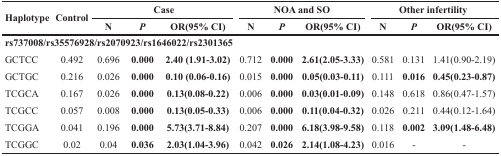
<table><thead><tr><td rowspan="2"><b>Haplotype</b></td><td rowspan="2"><b>Control</b></td><td colspan="3"><b>Case</b></td><td colspan="3"><b>NOA and SO</b></td><td colspan="3"><b>Other infertility</b></td></tr><tr><td><b>N</b></td><td><b><i>P</i></b></td><td><b>OR(95% CI)</b></td><td><b>N</b></td><td><b><i>P</i></b></td><td><b>OR(95% CI)</b></td><td><b>N</b></td><td><b><i>P</i></b></td><td><b>OR(95% CI)</b></td></tr></thead><tbody><tr><td colspan="5"><b>rs737008/rs35576928/rs2070923/rs1646022/rs2301365</b></td><td></td><td></td><td></td><td></td><td></td><td></td></tr><tr><td>GCTCC</td><td>0.492</td><td>0.696</td><td><b>0.000</b></td><td><b>2.40 (1.91-3.02)</b></td><td>0.712</td><td><b>0.000</b></td><td><b>2.61(2.05-3.33)</b></td><td>0.581</td><td>0.131</td><td>1.41(0.90-2.19)</td></tr><tr><td>GCTGC</td><td>0.216</td><td>0.026</td><td><b>0.000</b></td><td><b>0.10 (0.06-0.16)</b></td><td>0.015</td><td><b>0.000</b></td><td><b>0.05(0.03-0.11)</b></td><td>0.111</td><td><b>0.016</b></td><td><b>0.45(0.23-0.87)</b></td></tr><tr><td>TCGCA</td><td>0.167</td><td>0.026</td><td><b>0.000</b></td><td><b>0.13(0.08-0.22)</b></td><td>0.006</td><td><b>0.000</b></td><td><b>0.03(0.01-0.09)</b></td><td>0.148</td><td>0.618</td><td>0.86(0.47-1.57)</td></tr><tr><td>TCGCC</td><td>0.057</td><td>0.008</td><td><b>0.000</b></td><td><b>0.13(0.05-0.33)</b></td><td>0.006</td><td><b>0.000</b></td><td><b>0.11(0.04-0.32)</b></td><td>0.026</td><td>0.211</td><td>0.44(0.12-1.64)</td></tr><tr><td>TCGGA</td><td>0.041</td><td>0.196</td><td><b>0.000</b></td><td><b>5.73(3.71-8.84)</b></td><td>0.207</td><td><b>0.000</b></td><td><b>6.18(3.98-9.58)</b></td><td>0.118</td><td><b>0.002</b></td><td><b>3.09(1.48-6.48)</b></td></tr><tr><td>TCGGC</td><td>0.02</td><td>0.04</td><td><b>0.036</b></td><td><b>2.03(1.04-3.96)</b></td><td>0.042</td><td><b>0.026</b></td><td><b>2.14(1.08-4.23)</b></td><td>0.016</td><td>-</td><td>-</td></tr></tbody></table>